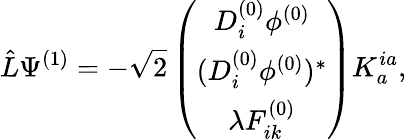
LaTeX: \hat{L}\Psi^{(1)}=-\sqrt{2}\left(\begin{array}{c}{{D_{i}^{(0)}\phi^{(0)}}}\\ {{(D_{i}^{(0)}\phi^{(0)})^{\ast}}}\\ {{\lambda F_{ik}^{(0)}}}\end{array}\right)K_{a}^{ia},